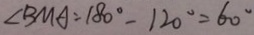
\angle B M A = 1 8 0 ^ { \circ } - 1 2 0 ^ { \circ } = 6 0 ^ { \circ }